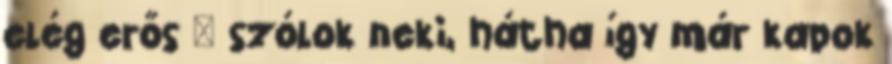
elég erős – szólok neki, hátha így már kapok